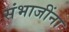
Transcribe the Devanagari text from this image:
संभाजींना